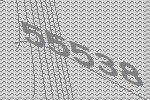
55538